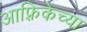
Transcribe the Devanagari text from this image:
आफ़्रिकेच्या